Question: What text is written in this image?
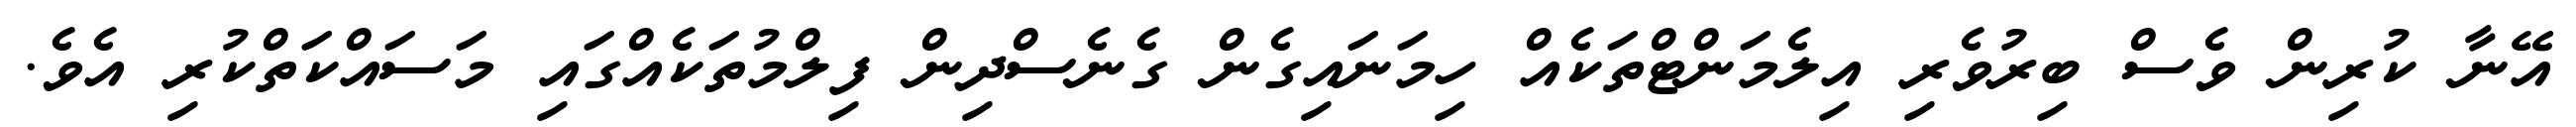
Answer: އޭނާ ކުރިން ވެސް ބިރުވެރި އިލެމަންޓްތަކެއް ހިމަނައިގެން ގެނެސްދިން ފިލްމުތަކެއްގައި މަސައްކަތްކުރި އެވެ.